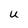
Character: U